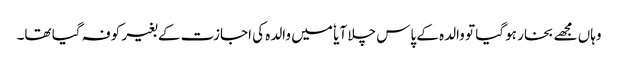
وہاں مجھے بخار ہو گیا تو والدہ کے پاس چلا آیا ٗ میں والدہ کی اجازت کے بغیر کوفہ گیا تھا۔